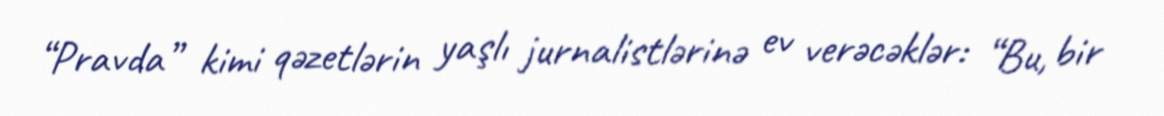
“Pravda” kimi qəzetlərin yaşlı jurnalistlərinə ev verəcəklər: “Bu, bir